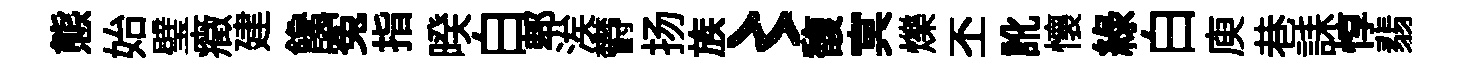
態始璧癥建饞寃指暌白郫涘欎扬族〻馥㝠爍丕訛懷綠白庾巷誄惇翡